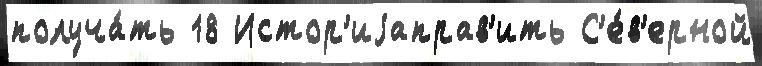
получа́ть 18 Истор'иjаправ'ить С'е́в'ерной